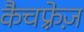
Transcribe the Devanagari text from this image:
कैचफ़्रेज़